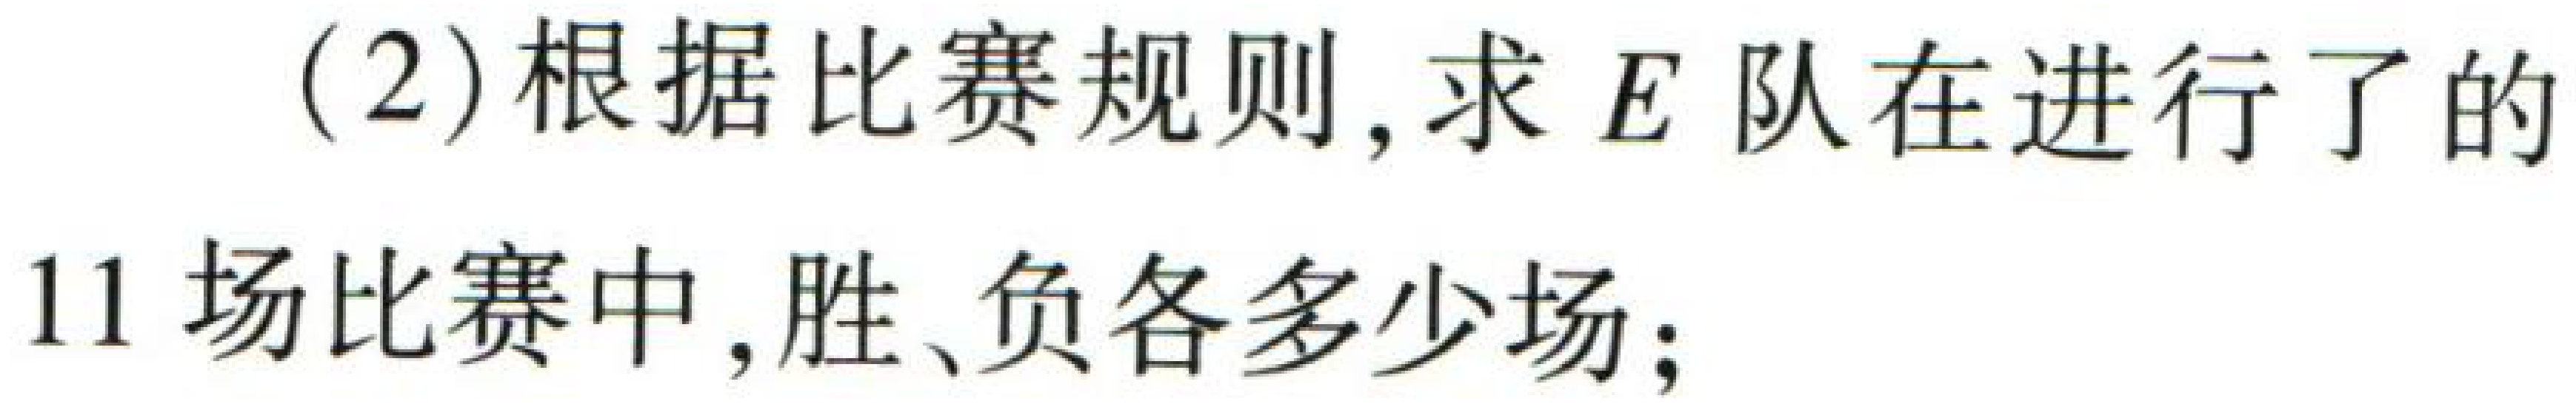
(2)根据比赛规则, 求 \(E\) 队在进行了的

11 场比赛中, 胜、负各多少场;